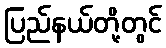
ပြည်နယ်တို့တွင်